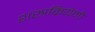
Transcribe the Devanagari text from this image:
शस्त्रक्रियेनी